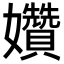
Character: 㜺